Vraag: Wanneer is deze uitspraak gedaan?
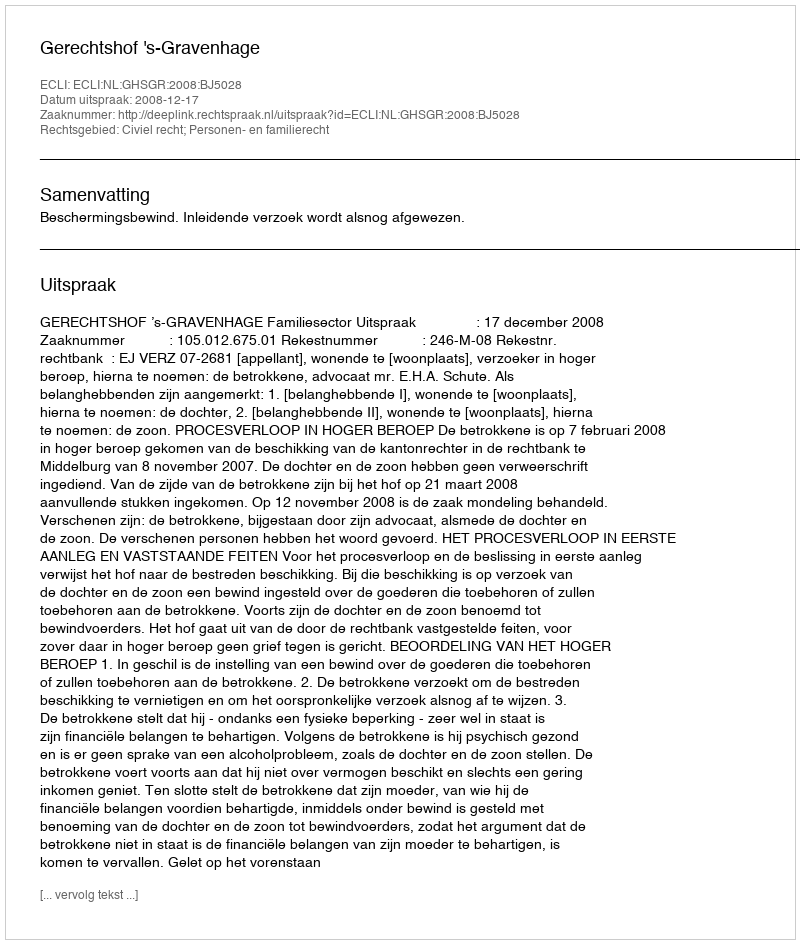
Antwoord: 2008-12-17